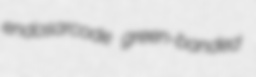
endosarcode green-banded